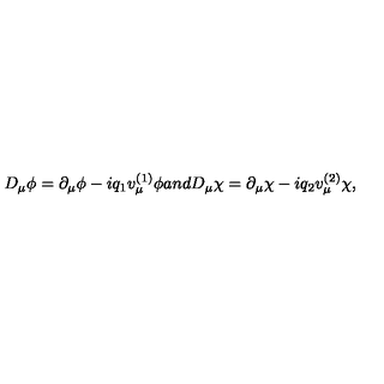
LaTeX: D _ { \mu } \phi = \partial _ { \mu } \phi - i q _ { 1 } v _ { \mu } ^ { ( 1 ) } \phi a n d D _ { \mu } \chi = \partial _ { \mu } \chi - i q _ { 2 } v _ { \mu } ^ { ( 2 ) } \chi ,